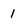
Character: 1